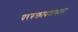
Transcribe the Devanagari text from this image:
पररुक्तावदाभास